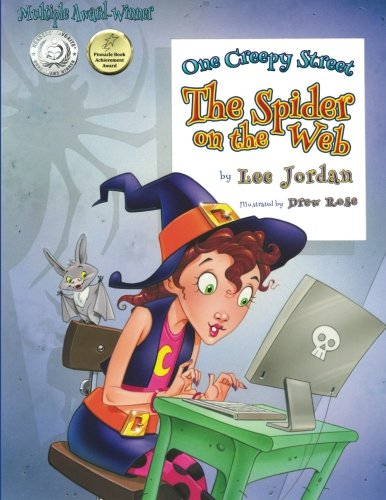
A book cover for One Creepy Street: The Spider on the Web; Lee Jordan; Test Preparation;